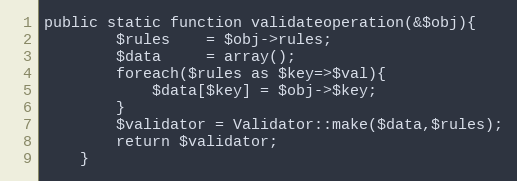
Language: PHP
public static function validateoperation(&$obj){
		$rules    = $obj->rules;
		$data     = array();
		foreach($rules as $key=>$val){
			$data[$key] = $obj->$key;
		}
		$validator = Validator::make($data,$rules);
		return $validator;
	}